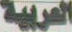
العربية